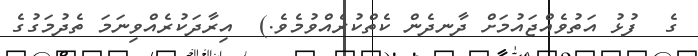
ގެ  ފުޅު އަތުވެއްޖައުމަށް ދާނދެން ކެތްކުރެއްވުމެވެ.)  އިރާދަކުރެއްވިނަމަ ތެދުމަގުގެ